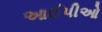
આઈપીઓ